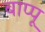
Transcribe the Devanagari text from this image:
बाप्पू